Vaccination in Bombay 1902-1912 - 1902-1912
Year: 1902
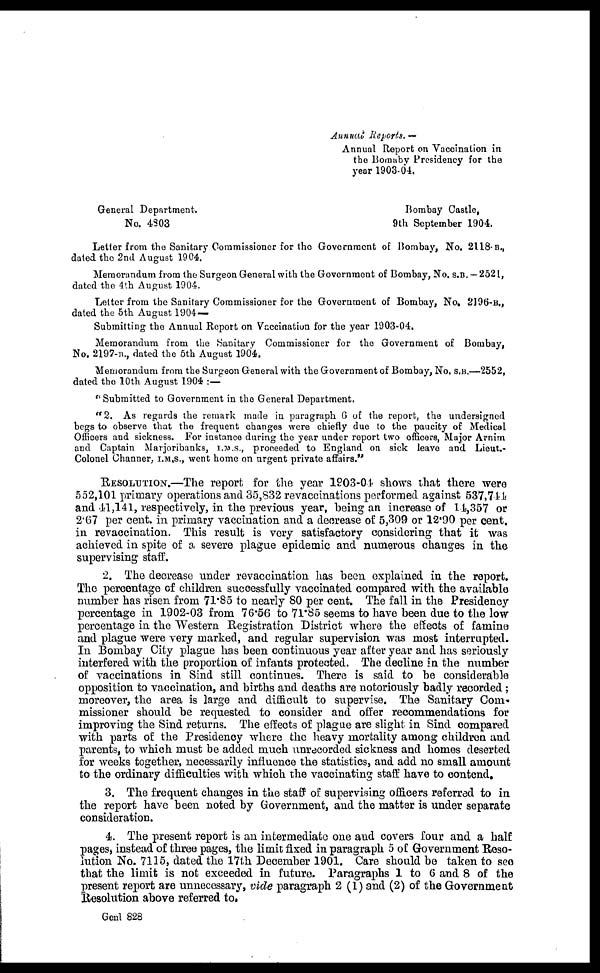
Annual Reports. —
Annual Report on Vaccination in
the Bomaby Presidency for the
year 1903-04.
General Department.
No. 4803
Bombay Castle,
9th September 1904.
Letter from the Sanitary Commissioner for the Government of Bombay, No. 2118.B.,
dated the 2nd August 1904.
Memorandum from the Surgeon General with the Government of Bombay, No. S.B. — 2521,
dated the 4th August 1904.
Letter from the Sanitary Commissioner for the Government of Bombay, No. 2196-B.,
dated the 5th August 1904 —
Submitting the Annual Report on Vaccination for the year 1903-04.
Memorandum from the Sanitary Commissioner for the Government of Bombay,
No. 2197-B., dated the 5th August 1904.
Memorandum from the Surgeon General with the Government of Bombay, No. S.B.—2552,
dated the 10th August 1904 :—
"Submitted to Government in the General Department.
"2. As regards the remark made in paragraph 6 of the report, the undersigned
begs to observe that the frequent changes were chiefly due to the paucity of Medical
Officers and sickness. For instance during the year under report two officers, Major Arnim
and Captain Marjoribanks, I.M.S., proceeded to England on sick leave and Lieut.-
Colonel Channer, I.M.S., went home on urgent private affairs."
RESOLUTION.—The report for the year 1903-04 shows that there were
552,101 primary operations and 35,832 revaccinations performed against 537,744
and 41,141, respectively, in the previous year, being an increase of 14,357 or
2.67 per cent. in primary vaccination and a decrease of 5,309 or 12.90 per cent.
in revaccination. This result is very satisfactory considering that it was
achieved in spite of a severe plague epidemic and numerous changes in the
supervising staff.
2. The decrease under revaccination has been explained in the report.
The percentage of children successfully vaccinated compared with the available
number has risen from 71.85 to nearly 80 per cent. The fall in the Presidency
percentage in 1902-03 from 76.56 to 71.85 seems to have been due to the low
percentage in the Western Registration District where the effects of famine
and plague were very marked, and regular supervision was most interrupted.
In Bombay City plague has been continuous year after year and has seriously
interfered with the proportion of infants protected. The decline in the number
of vaccinations in Sind still continues. There is said to be considerable
opposition to vaccination, and births and deaths are notoriously badly recorded ;
moreover, the area is large and difficult to supervise. The Sanitary Com-
missioner should be requested to consider and offer recommendations for
improving the Sind returns. The effects of plague are slight in Sind compared
with parts of the Presidency where the heavy mortality among children and
parents, to which must be added much unrecorded sickness and homes deserted
for weeks together, necessarily influence the statistics, and add no small amount
to the ordinary difficulties with which the vaccinating staff have to contend.
3. The frequent changes in the staff of supervising officers referred to in
the report have been noted by Government, and the matter is under separate
consideration.
4. The present report is an intermediate one and covers four and a half
pages, instead of three pages, the limit fixed in paragraph 5 of Government Reso-
lution No. 7115, dated the 17th December 1901. Care should be taken to see
that the limit is not exceeded in future. Paragraphs 1 to 6 and 8 of the
present report are unnecessary, vide paragraph 2(1) and (2) of the Government
Resolution above referred to.
Genl 828